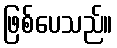
ဖြစ်ပေသည်။